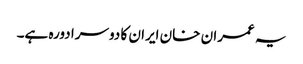
یہ عمران خان ایران کا دوسرا دورہ ہے۔